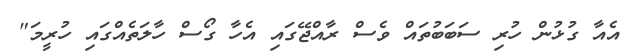
އެއާ ގުޅުން ހުރި ސަބަބުތައް ވެސް ރާއްޖޭގައި އެހާ ގޯސް ހާލަތެއްގައި ހުރީމަ"